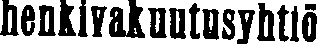
henkivakuutusyhtiö